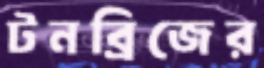
টনব্রিজের